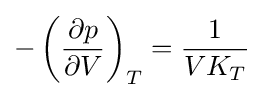
-\left({\partial p \over \partial V}\right)_{T}={1 \over {VK_{T}}}